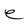
Character: e